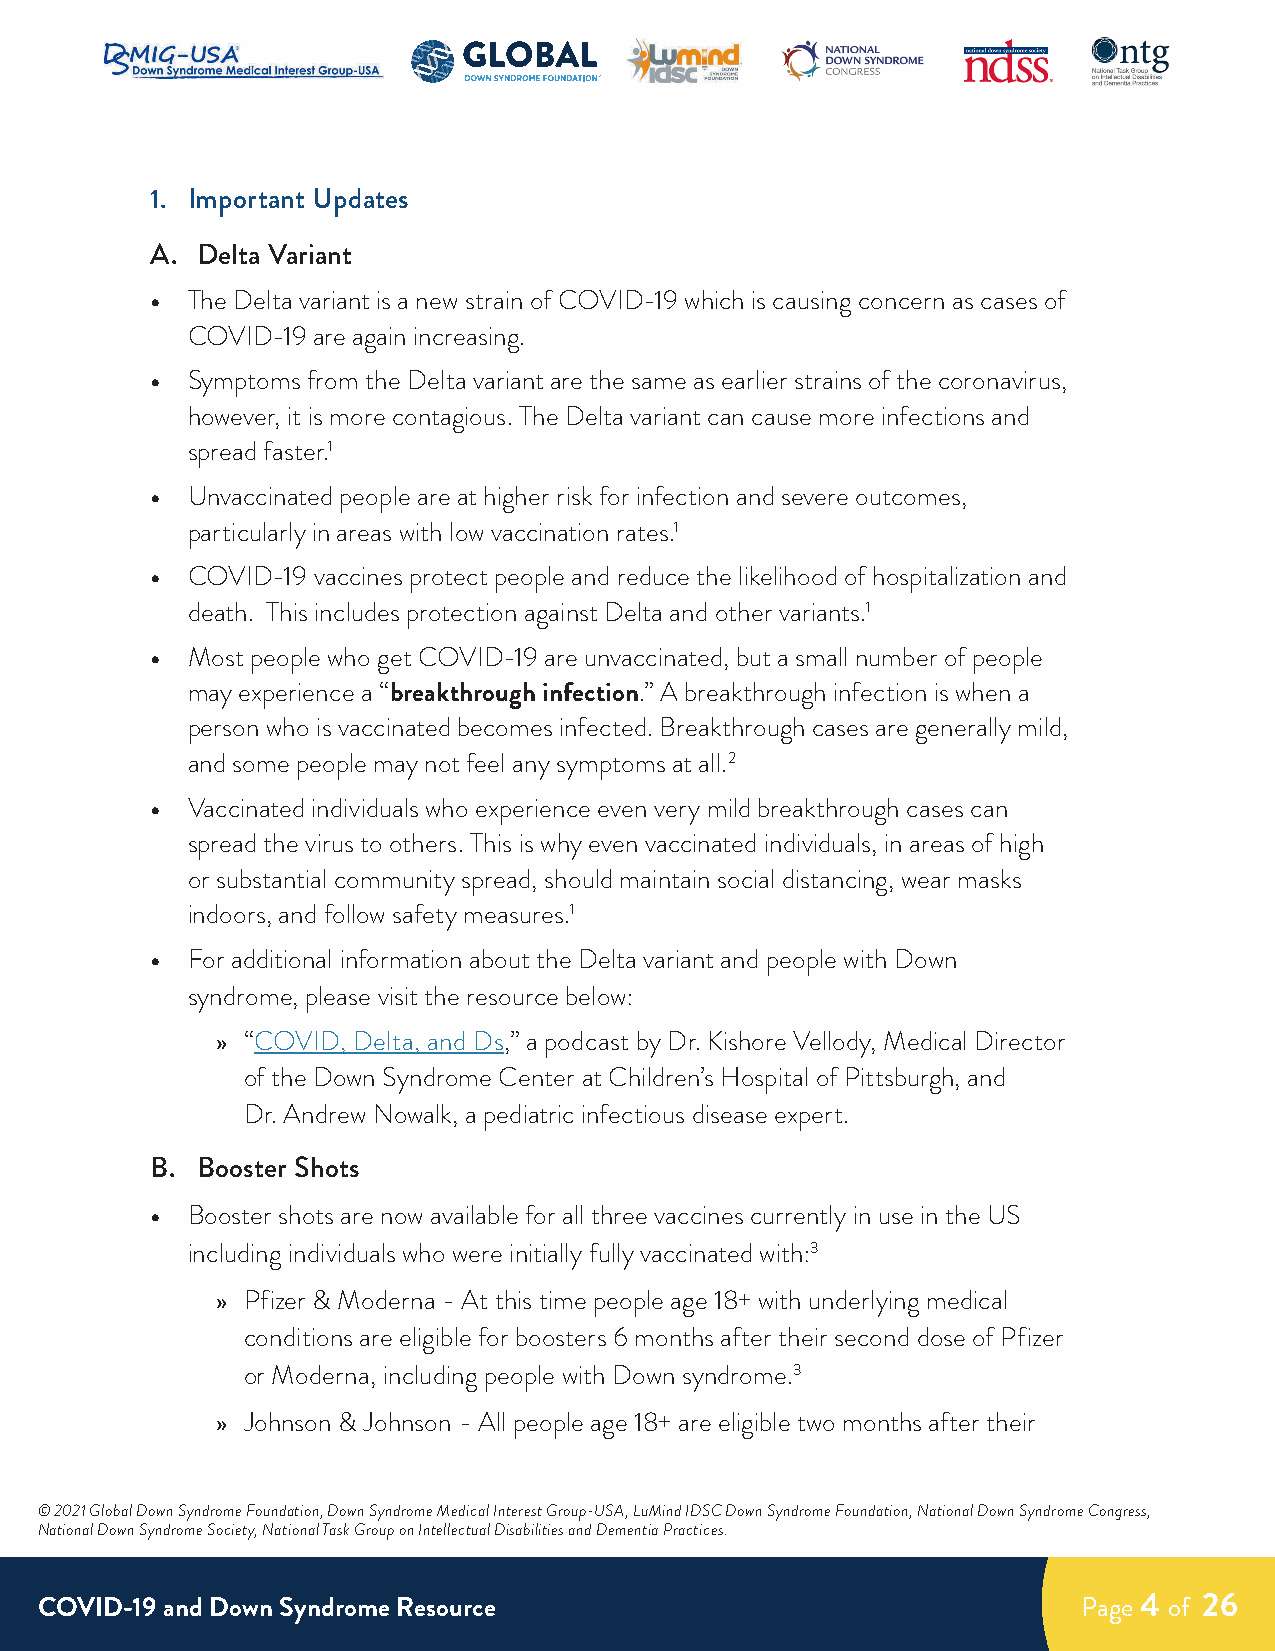
1. Important Updates
 A. Delta Variant
 • The Delta variant is a new strain of COVID-19 which is causing concern as cases of
 COVID-19 are again increasing.
 • Symptoms from the Delta variant are the same as earlier strains of the coronavirus,
 however, it is more contagious. The Delta variant can cause more infections and
 spread faster.1
 • Unvaccinated people are at higher risk for infection and severe outcomes,
 particularly in areas with low vaccination rates.1
 • COVID-19 vaccines protect people and reduce the likelihood of hospitalization and
 death. This includes protection against Delta and other variants.1
 • Most people who get COVID-19 are unvaccinated, but a small number of people
 may experience a “breakthrough infection.” A breakthrough infection is when a
 person who is vaccinated becomes infected. Breakthrough cases are generally mild,
 and some people may not feel any symptoms at all.2
 • Vaccinated individuals who experience even very mild breakthrough cases can
 spread the virus to others. This is why even vaccinated individuals, in areas of high
 or substantial community spread, should maintain social distancing, wear masks
 indoors, and follow safety measures.1
 • For additional information about the Delta variant and people with Down
 syndrome, please visit the resource below:
 » “COVID, Delta, and Ds,” a podcast by Dr. Kishore Vellody, Medical Director
 of the Down Syndrome Center at Children’s Hospital of Pittsburgh, and
 Dr. Andrew Nowalk, a pediatric infectious disease expert.
 B. Booster Shots
 • Booster shots are now available for all three vaccines currently in use in the US
 including individuals who were initially fully vaccinated with:3
 » Pfizer & Moderna - At this time people age 18+ with underlying medical
 conditions are eligible for boosters 6 months after their second dose of Pfizer
 or Moderna, including people with Down syndrome.3
 » Johnson & Johnson - All people age 18+ are eligible two months after their
 © 2021 Global Down Syndrome Foundation, Down Syndrome Medical Interest Group-USA, LuMind IDSC Down Syndrome Foundation, National Down Syndrome Congress,
 National Down Syndrome Society, National Task Group on Intellectual Disabilities and Dementia Practices.
 COVID-19 and Down Syndrome Resource                                   Page 4 of 26